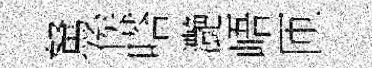
駑俟嗒灔峿匝